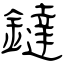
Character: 鐽